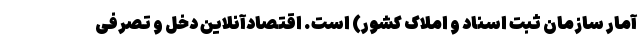
آمار سازمان ثبت اسناد و املاک کشور) است. اقتصادآنلاین دخل و تصرفی